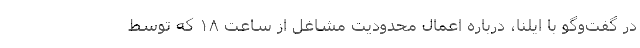
در گفت‌وگو با ایلنا، درباره اعمال محدودیت مشاغل از ساعت ۱۸ که توسط